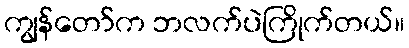
ကျွန်တော်က ဘလက်ပဲကြိုက်တယ်။